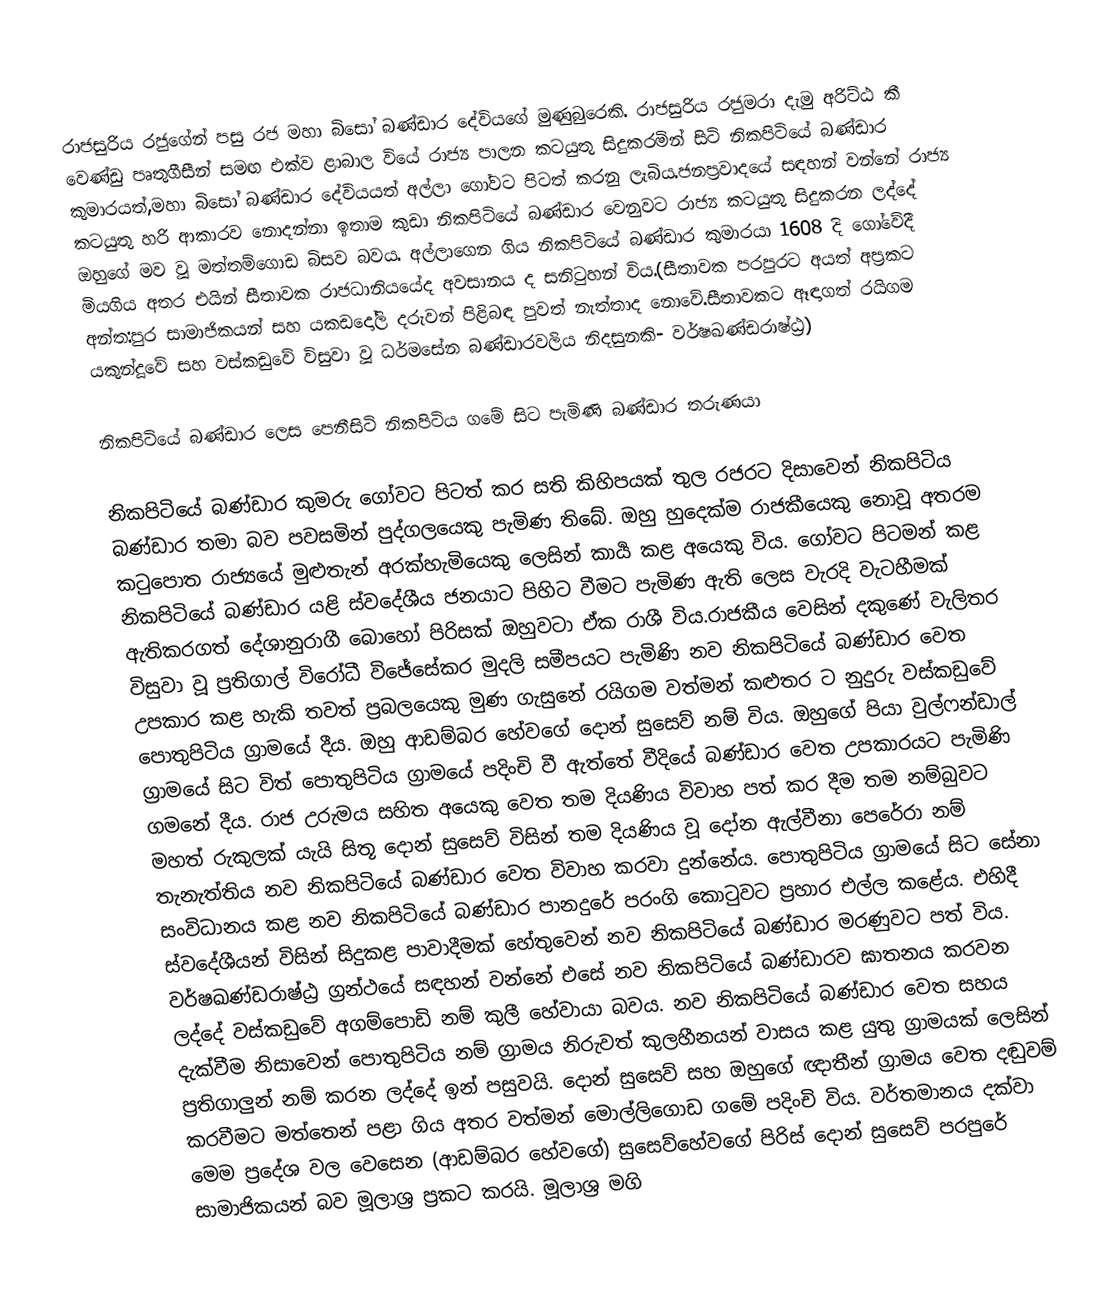
රාජසුරිය රජුගේන් පසු රජ  මහා බිසෝ බණ්ඩාර දේවියගේ මුණුබුරෙකි. රාජසුරිය රජුමරා දැමු අරිට්ඨ කී වෙණ්ඩු පෘතුගීසීන් සමඟ එක්ව ළාබාල වියේ රාජ්‍ය පාලන කටයුතු සිදුකරමින් සිටි නිකපිටියේ බණ්ඩාර කුමාරයත්,මහා බිසෝ බණ්ඩාර දේවියයත් අල්ලා ගෝවට පිටත් කරනු ලැබිය.ජනප්‍රවාදයේ සඳහන් වන්නේ රාජ්‍ය කටයුතු හරි ආකාරව නොදන්නා ඉතාම කුඩා නිකපිටියේ බණ්ඩාර වෙනුවට රාජ්‍ය කටයුතු සිදුකරන ලද්දේ ඔහුගේ මව වූ මත්තම්ගොඩ බිසව බවය. අල්ලාගෙන ගිය නිකපිටියේ බණ්ඩාර කුමාරයා 1608 දි ගෝවේදී  මියගිය අතර එයින් සීතාවක රාජධානියයේද අවසානය ද සනිටුහන් විය.(සීතාවක පරපුරට අයත් අප්‍රකට අන්ත:පුර සාමාජිකයන් සහ යකඩදෝලි දරුවන් පිළිබඳ පුවත් නැත්තාද නොවේ.සීතාවකට ඈඳාගත් රයිගම යකුන්දූවේ සහ වස්කඩුවේ විසුවා වූ ධර්මසේන බණ්ඩාරවලිය නිදසුනකි- වර්ෂඛණ්ඩරාෂ්ඨ්‍ර)

නිකපිටියේ බණ්ඩාර ලෙස පෙනීසිටි නිකපිටිය ගමේ සිට පැමිණි බණ්ඩාර තරුණයා

නිකපිටියේ බණ්ඩාර කුමරු ගෝවට පිටත් කර සති කිහිපයක් තුල රජරට දිසාවෙන් නිකපිටිය බණ්ඩාර තමා බව පවසමින් පුද්ගලයෙකු පැමිණ තිබේ. ඔහු හුදෙක්ම රාජකීයෙකු නොවූ අතරම කටුපොත රාජ්‍යයේ මුළුතැන් අරක්හැමියෙකු ලෙසින් කාර්‍ය කළ අයෙකු විය. ගෝවට පිටමන් කළ නිකපිටියේ බණ්ඩාර යළි ස්වදේශීය ජනයාට පිහිට වීමට පැමිණ ඇති ලෙස වැරදි වැටහීමක් ඇතිකරගත් දේශානුරාගී බොහෝ පිරිසක් ඔහුවටා ඒක රාශී විය.රාජකීය වෙසින් දකුණේ වැලිතර විසුවා වූ ප්‍රතිගාල් විරෝධී විජේසේකර මුදලි සමීපයට පැමිණි නව නිකපිටියේ බණ්ඩාර වෙත උපකාර කළ හැකි තවත් ප්‍රබලයෙකු මුණ ගැසුනේ රයිගම වත්මන් කළුතර ට නුදුරු වස්කඩුවේ පොතුපිටිය ග්‍රාමයේ දීය. ඔහු ආඩම්බර හේවගේ දොන් සුසෙව් නම් විය. ඔහුගේ පියා වුල්ෆන්ඩාල් ග්‍රාමයේ සිට විත්  පොතුපිටිය ග්‍රාමයේ පදිංචි වී ඇත්තේ වීදියේ බණ්ඩාර වෙත උපකාරයට පැමිණි ගමනේ දීය. රාජ උරුමය සහිත අයෙකු වෙත තම දියණිය විවාහ පත් කර දීම තම නම්බුවට මහත් රුකුලක් යැයි සිතූ  දොන් සුසෙව් විසින් තම දියණිය වූ දෝන ඇල්වීනා පෙරේරා නම් තැනැත්තිය නව නිකපිටියේ බණ්ඩාර වෙත විවාහ කරවා දුන්නේය. පොතුපිටිය ග්‍රාමයේ සිට සේනා සංවිධානය කළ නව නිකපිටියේ බණ්ඩාර පානදුරේ පරංගි කොටුවට ප්‍රහාර එල්ල කළේය. එහිදී ස්වදේශීයන් විසින් සිදුකළ පාවාදීමක් හේතුවෙන් නව නිකපිටියේ බණ්ඩාර මරණුවට පත් විය. වර්ෂඛණ්ඩරාෂ්ඨ්‍ර ග්‍රන්ථයේ සඳහන් වන්නේ එසේ නව නිකපිටියේ බණ්ඩාරව ඝාතනය කරවන ලද්දේ වස්කඩුවේ අගම්පොඩි නම් කුලී හේවායා බවය. නව නිකපිටියේ බණ්ඩාර වෙත සහය දැක්වීම නිසාවෙන් පොතුපිටිය නම් ග්‍රාමය නිරුවත් කුලහීනයන් වාසය කළ යුතු ග්‍රාමයක් ලෙසින් ප්‍රතිගාලුන් නම් කරන ලද්දේ ඉන් පසුවයි. දොන් සුසෙව් සහ ඔහුගේ ඥාතීන්  ග්‍රාමය වෙත දඬුවම් කරවීමට මත්තෙන් පළා ගිය අතර වත්මන් මොල්ලිගොඩ ගමේ පදිංචි විය. වර්තමානය දක්වා මෙම ප්‍රදේශ වල වෙසෙන (ආඩම්බර හේවගේ) සුසෙව්හේවගේ පිරිස් දොන් සුසෙව් පරපුරේ සාමාජිකයන් බව මූලාශ්‍ර ප්‍රකට කරයි. මූලාශ්‍ර මගි